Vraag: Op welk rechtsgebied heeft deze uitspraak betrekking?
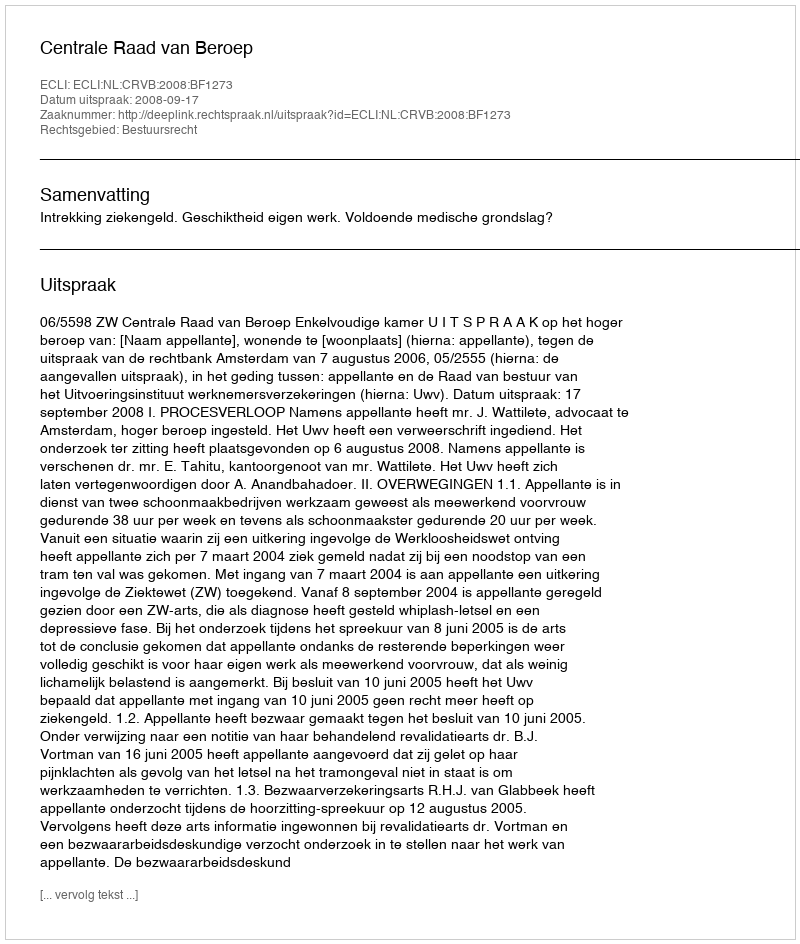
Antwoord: Bestuursrecht